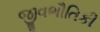
જીવભૌતિકી